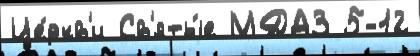
Це́ркв'и Св'яты́е МДА3 5-12